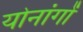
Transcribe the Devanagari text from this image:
योनांगों